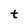
Character: t